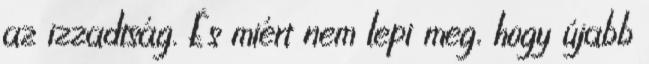
az izzadtság. És miért nem lepi meg, hogy újabb